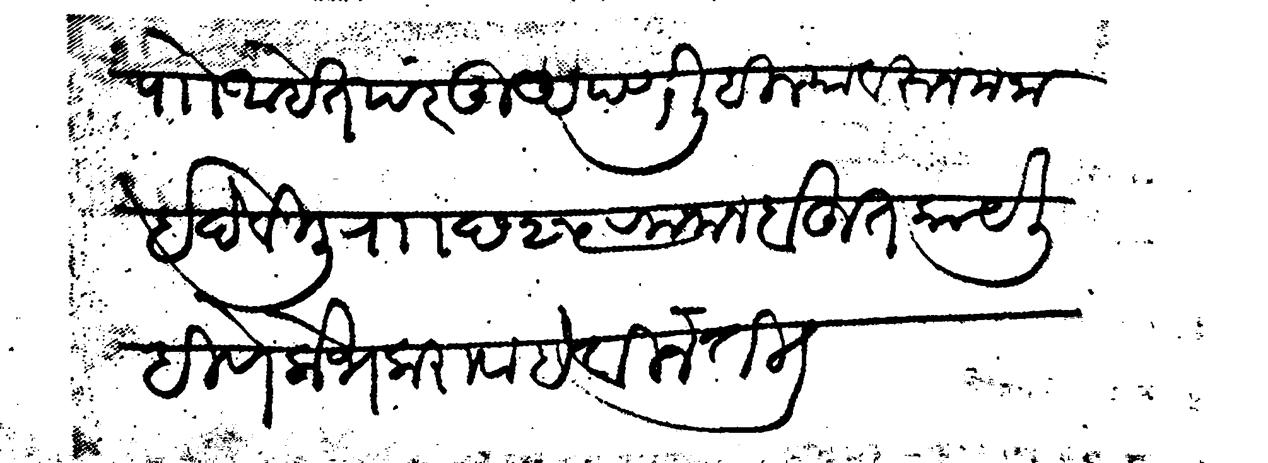
Transliteration (Devanagari): पाो आहेत परंतु अपण लिहिल्यावरुन मनाई देविली र  छ २५ रमजान बहुत काय लिहिणे लोभ करावा ही विनंती